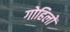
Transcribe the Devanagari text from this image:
गोहिलों